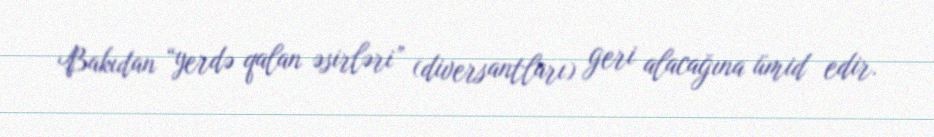
Bakıdan “yerdə qalan əsirləri” (diversantları) geri alacağına ümid edir.